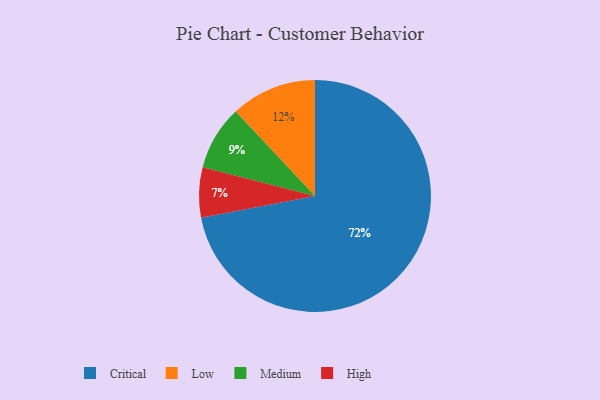
{"axis": {"x": "Category", "y": "Percentage"}, "legend": ["Critical", "High", "Low", "Medium"], "data": [{"x": "Low", "y": 12, "type": "Low"}, {"x": "Critical", "y": 72, "type": "Critical"}, {"x": "Medium", "y": 9, "type": "Medium"}, {"x": "High", "y": 7, "type": "High"}]}